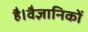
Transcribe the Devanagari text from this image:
है।वैज्ञानिकों